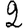
Digit: 2